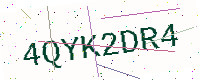
Text: 4QYK2DR4